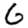
Digit: 6